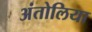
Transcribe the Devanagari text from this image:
अंतोलिया